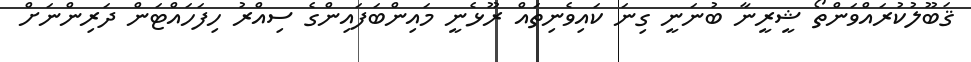
ޤަބޫލުކުރައްވަންތޯ ޝީރީނާ ބުނަނީ ގިނަ ކައިވެނިތައް ރޫޅެނީ މައިންބަފައިންގެ ސިއްރު ހިފަހައްޓަން ދަރިންނަށް